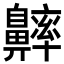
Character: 𪖶